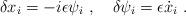
LaTeX: \begin{align*}\delta x_i=-i\epsilon\psi_i\ ,\quad \delta\psi_i=\epsilon{\dot x}_i \ . \end{align*}